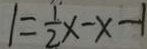
1 = \frac { 1 } { 2 } x - x - 1